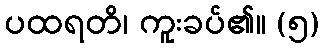
ပထရတိ၊ ကူးခပ်၏။ (၅)